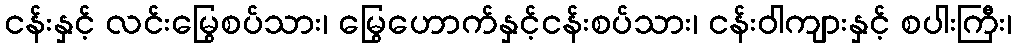
ငန်းနှင့် လင်းမြွေစပ်သား၊ မြွေဟောက်နှင့်ငန်းစပ်သား၊ ငန်းဝါကျားနှင့် စပါးကြီး၊